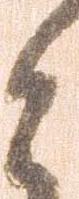
と